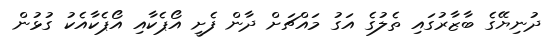
ދުނިޔޭގެ ބާޒާރުގައި ތެލުގެ އަގު މައްޗަށް ދާން ފެށީ އޯޕެކާއި އޯޕެކާއެކު ގުޅުން